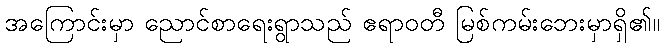
အကြောင်းမှာ ညောင်စာရေးရွာသည် ဧရာဝတီ မြစ်ကမ်းဘေးမှာရှိ၏။